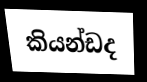
කියන්ඩද